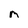
Character: m